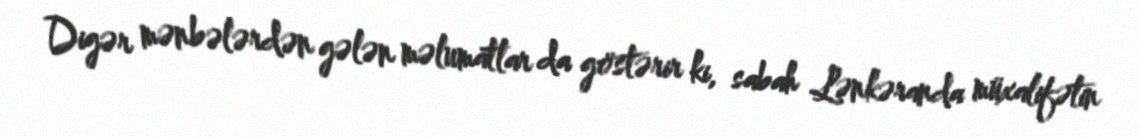
Digər mənbələrdən gələn məlumatlar da göstərir ki, sabah Lənkəranda müxalifətin